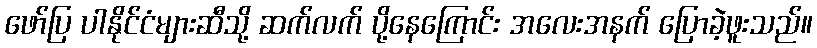
ဖော်ပြ ပါနိုင်ငံများဆီသို့ ဆက်လက် ပို့နေကြောင်း အလေးအနက် ပြောခဲ့ဖူးသည်။